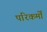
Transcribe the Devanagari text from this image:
परिकर्मों